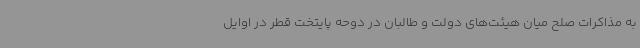
به مذاکرات صلح میان هیئت‌های دولت و طالبان در دوحه پایتخت قطر در اوایل